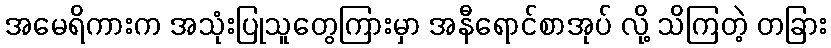
အမေရိကားက အသုံးပြုသူတွေကြားမှာ အနီရောင်စာအုပ် လို့ သိကြတဲ့ တခြား